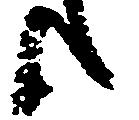
候